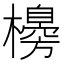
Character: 櫋